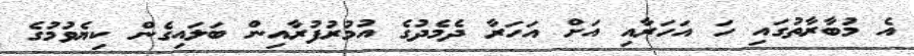
އެ މުބާރާތުގައި ހަ އަހަރާއި އަށް އަހަރާ ދެމެދުގެ އުމުރުފުރާއިން ބަލައިގެން ކިޔެވުމުގެ